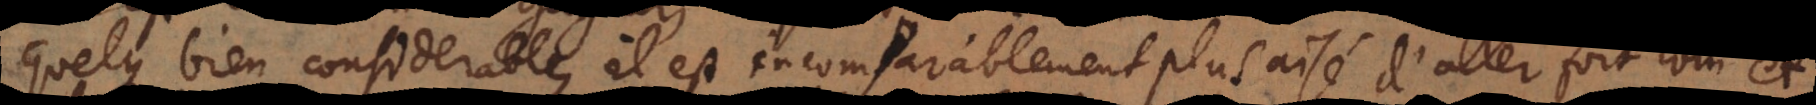
quelque bien considerable, il est incomparablement plus aisé de parvenir à